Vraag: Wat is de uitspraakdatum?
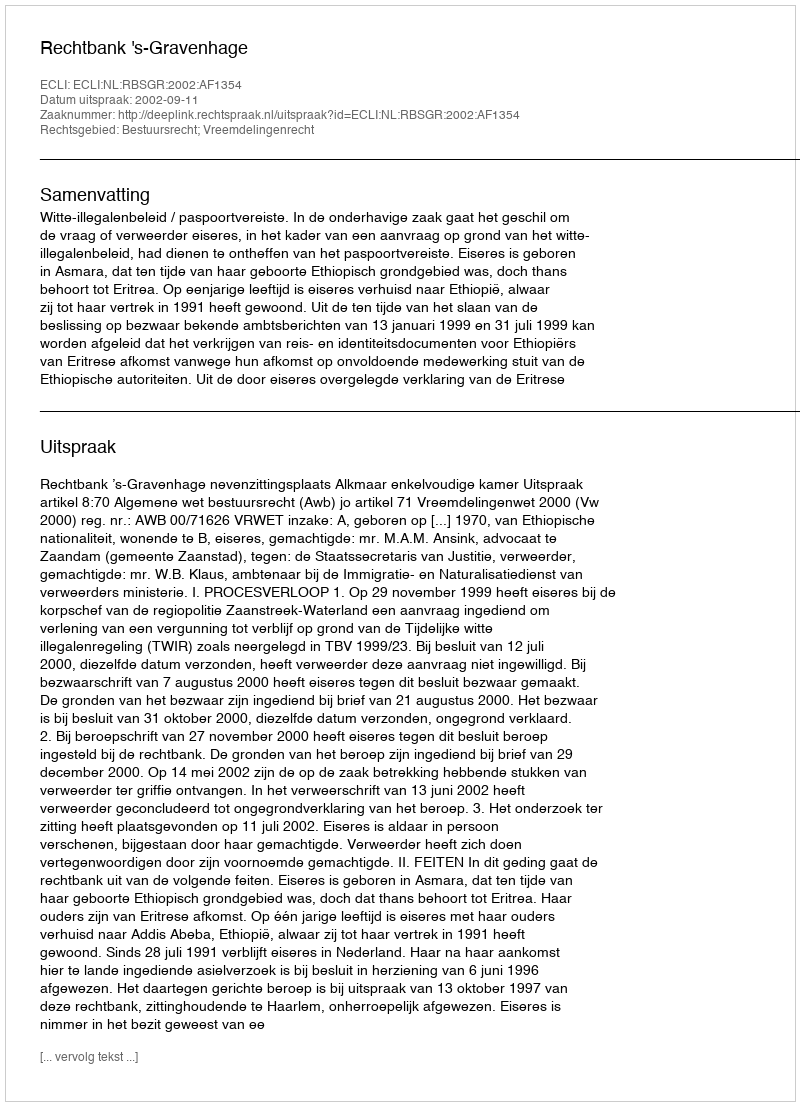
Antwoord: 2002-09-11